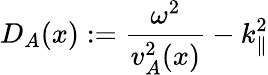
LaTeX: D_{A}(x):=\frac{\omega^{2}}{v_{A}^{2}(x)}-k_{\parallel}^{2}